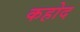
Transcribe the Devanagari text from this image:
कहोद